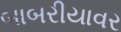
બાબરીયાવર